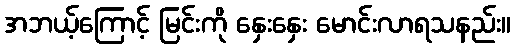
အဘယ့်ကြောင့် မြင်းကို နှေးနှေး မောင်းလာရသနည်း။